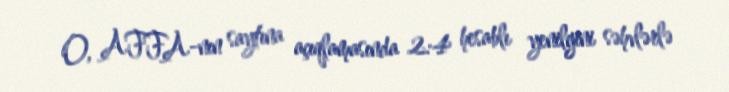
O, AFFA-nın saytına açıqlamasında 2:4 hesablı yenilgini səhvlərlə